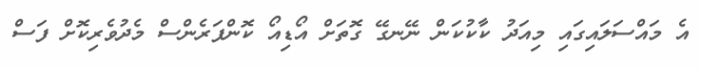
އެ މައްސަލައިގައި މިއަދު ކާކުކަން ނޭނގޭ ގޮތަށް އޯޑިއޯ ކޮންފަރެންސް މެދުވެރިކޮށް ފަސް